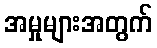
အမှုများအတွက်